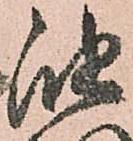
油